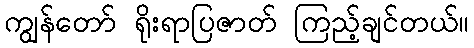
ကျွန်တော် ရိုးရာပြဇာတ် ကြည့်ချင်တယ်။